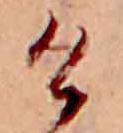
け